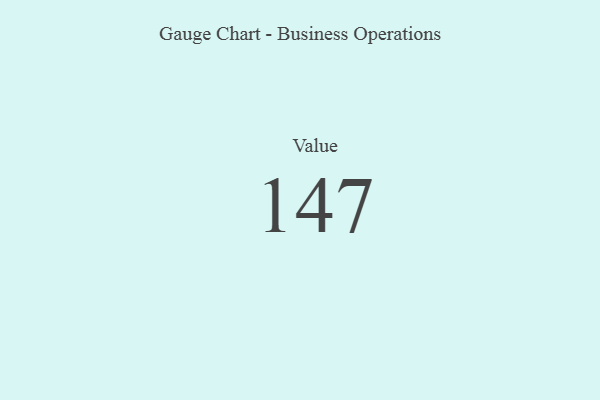
{"axis": {"x": "Metric", "y": "Value"}, "legend": [""], "data": [{"x": "Value", "y": 147, "type": ""}]}